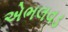
એભલવડ